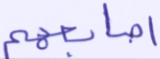
أصابعهم